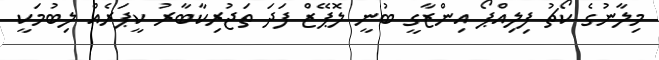
މިލާނުގެ ކޯޗު ފިލިއްޕޯ އިންޒާގީ ބުނީ ލޮޕޭޒް ފަދަ ތަޖުރިކާބާރު ކީޕަރެއް ލިބުމަކީ